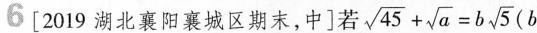
[2019湖北襄阳襄城区期末，中]若 $$\sqrt { 4 5 } + \sqrt { a }= b \sqrt { 5 }$$ (b